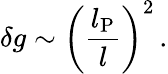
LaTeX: \delta g\sim\left(\frac{l_{\mathrm{P}}}{l}\right)^{2}\, .